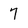
Character: 7